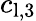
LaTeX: c_{\textup{l},3}